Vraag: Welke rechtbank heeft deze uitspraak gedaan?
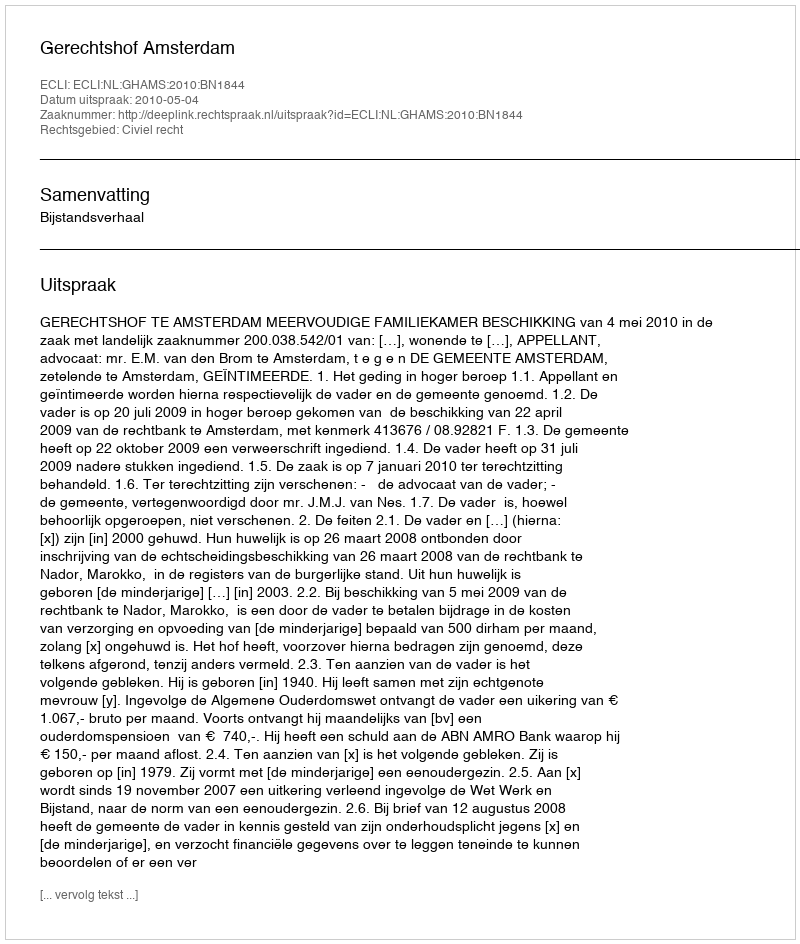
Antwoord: Gerechtshof Amsterdam